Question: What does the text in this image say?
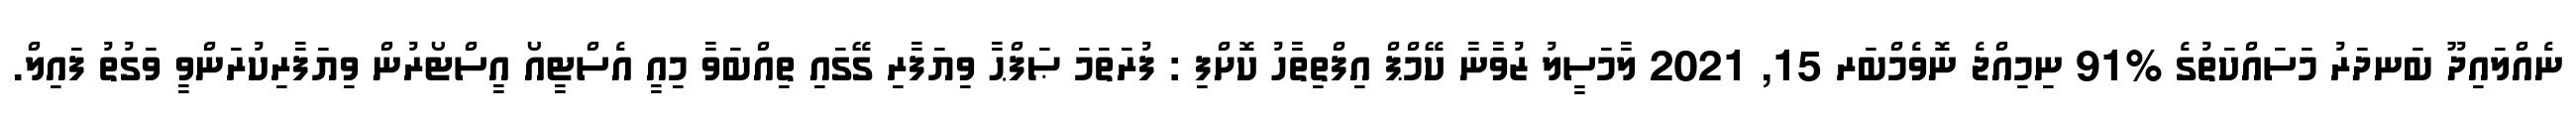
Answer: ނެއްލައިދޫ ބަނދަރު މަސައްކަތުގެ %91 ނިމިއްޖެ ނޮވެމްބަރ 15, 2021 ލާމަސީލު ޒުވާނާ ކޭމްޕް އިފްތިތާހު ކޮށްފި : ފުރަތަމަ ޞަފްޙާ ވިޔަފާރި ގޭގައި ތިއްބަވާ މިއީ އެސްޓީއޯ އީސްޓޯރުން ވިޔަފާރިކުރަންވީ ވަގުތު ފައިލް.